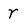
Character: r